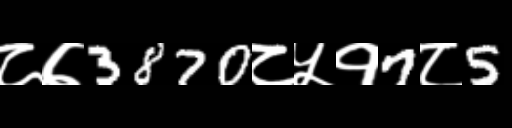
Text: ८७3870८५१7८5